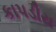
કાપડીય